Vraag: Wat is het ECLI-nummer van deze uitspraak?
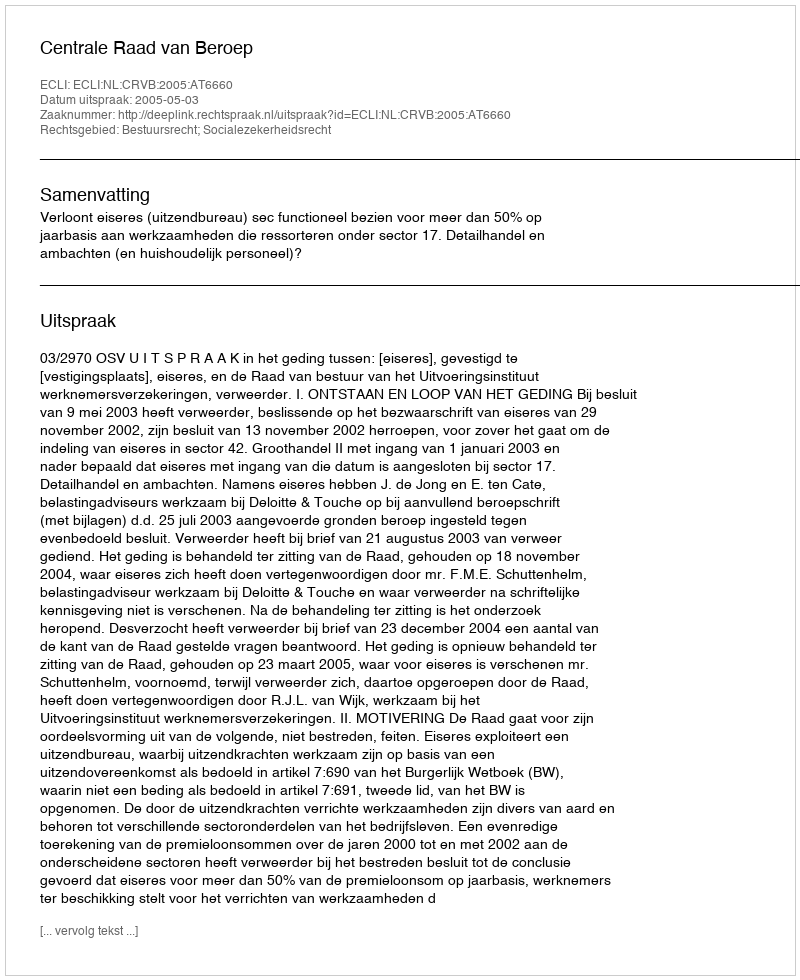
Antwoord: ECLI:NL:CRVB:2005:AT6660